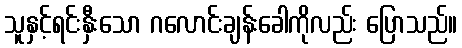
သူနှင့်ရင်းနှီးသော ဂလောင်းချန်းခေါကိုလည်း ပြောသည်။